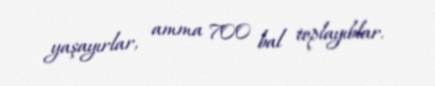
yaşayırlar, amma 700 bal toplayıblar.